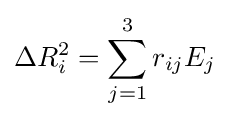
\Delta R_{i}^{2}=\sum _{j=1}^{3}r_{ij}E_{j}